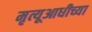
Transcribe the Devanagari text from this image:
मृत्यूआधीच्या